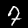
Digit: 7